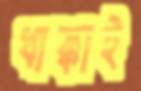
ধাক্কাই